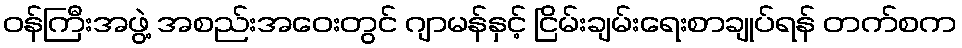
ဝန်ကြီးအဖွဲ့ အစည်းအဝေးတွင် ဂျာမန်နှင့် ငြိမ်းချမ်းရေးစာချုပ်ရန် တက်စက